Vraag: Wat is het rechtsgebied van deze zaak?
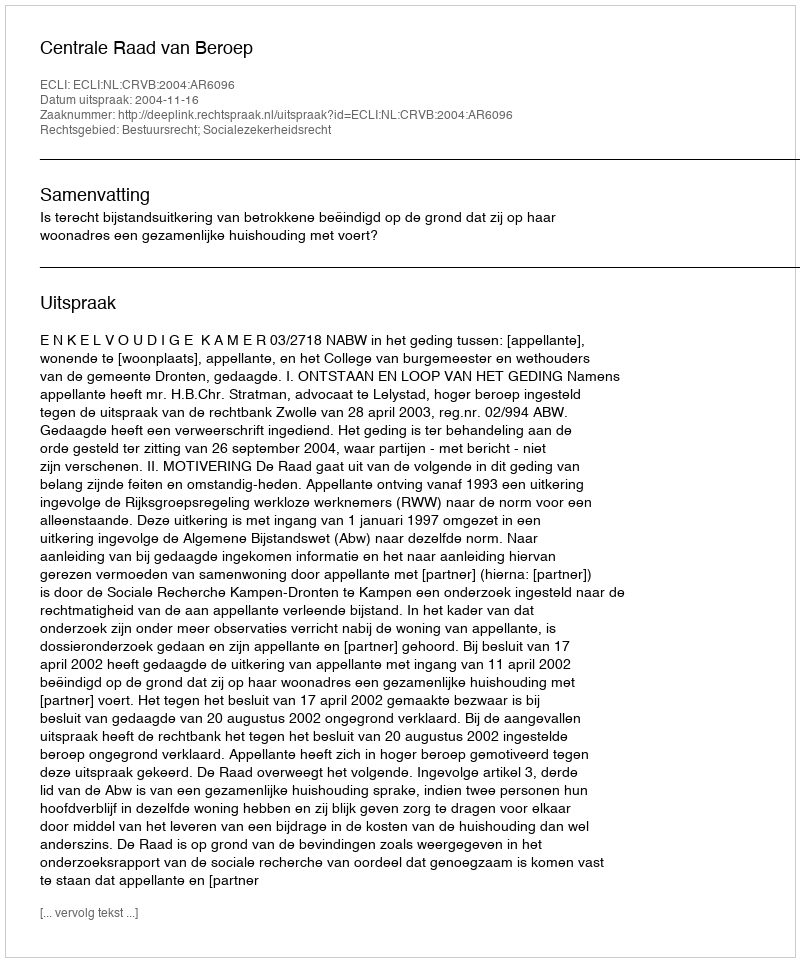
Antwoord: Bestuursrecht; Socialezekerheidsrecht